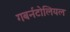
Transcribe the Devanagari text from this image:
गबर्नटोलियल